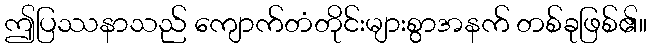
ဤပြဿနာသည် ကျောက်တံတိုင်းများစွာအနက် တစ်ခုဖြစ်၏။